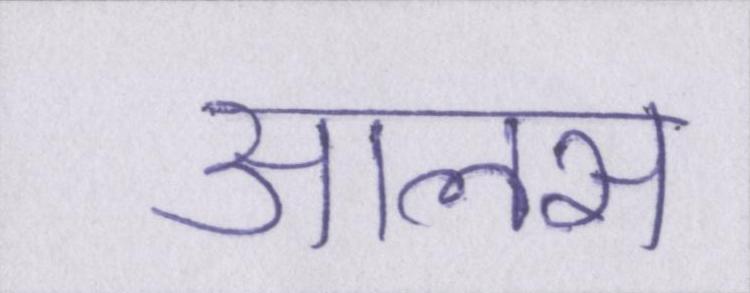
आलस